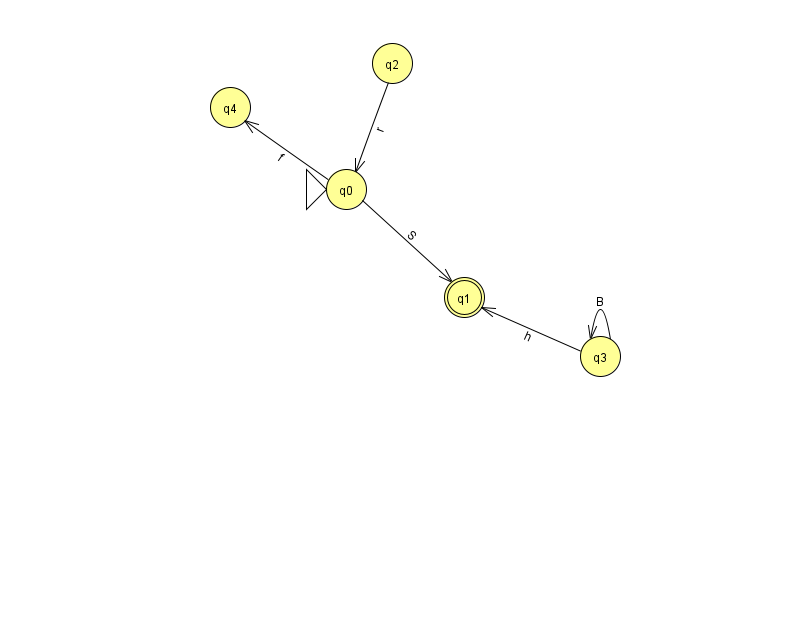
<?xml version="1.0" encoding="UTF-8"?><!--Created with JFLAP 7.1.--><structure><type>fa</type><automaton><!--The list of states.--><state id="0" name="q0"><x>346.0</x><y>176.0</y><initial/></state><state id="1" name="q1"><x>464.0</x><y>284.0</y><final/></state><state id="2" name="q2"><x>392.0</x><y>50.0</y></state><state id="3" name="q3"><x>600.0</x><y>343.0</y></state><state id="4" name="q4"><x>230.0</x><y>94.0</y></state><!--The list of transitions.--><transition><from>3</from><to>1</to><read>h</read></transition><transition><from>3</from><to>3</to><read>B</read></transition><transition><from>2</from><to>0</to><read>r</read></transition><transition><from>0</from><to>1</to><read>S</read></transition><transition><from>0</from><to>4</to><read>f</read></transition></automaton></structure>